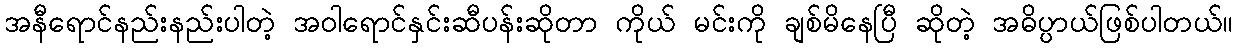
အနီရောင်နည်းနည်းပါတဲ့ အဝါရောင်နှင်းဆီပန်းဆိုတာ ကိုယ် မင်းကို ချစ်မိနေပြီ ဆိုတဲ့ အဓိပ္ပာယ်ဖြစ်ပါတယ်။